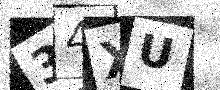
Text: 34XU